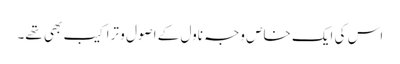
اس کی ایک خاص وجہ ناول کے اصول و تراکیب بھی تھے۔